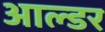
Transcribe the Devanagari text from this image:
आल्डर